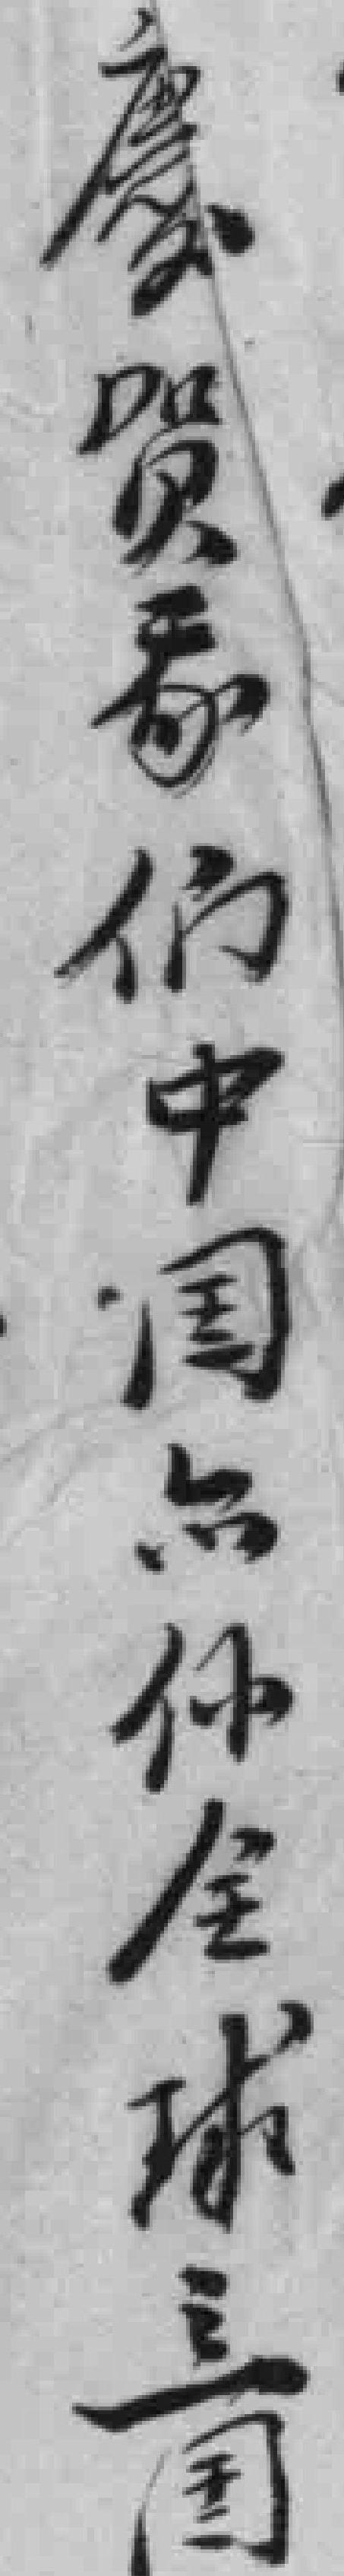
慶贺*们中国亦係全球之国